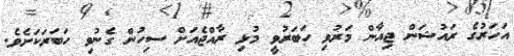
އަހަރުގެ ރައުޝަން ޖިއާން މަރުވި ހަބަރުވީ މުޅި ރާއްޖެއަށް ސިހުން ގެނުވި ހަބަރަކަށެވެ.